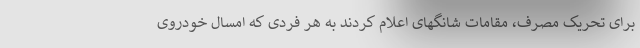
برای تحریک مصرف، مقامات شانگهای اعلام کردند به هر فردی که امسال خودروی